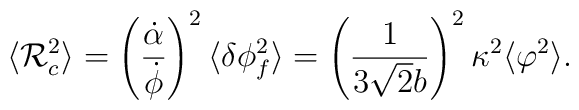
\langle {\cal R}_c^2 \rangle = \left(\frac{\dot{\alpha}}{\dot{\phi}} \right)^2 \langle \delta \phi_f^2 \rangle=\left(\frac{1}{3 \sqrt{2} b} \right)^2 \kappa^2  \langle \varphi^2 \rangle.